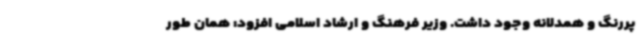
پررنگ و همدلانه وجود داشت. وزیر فرهنگ و ارشاد اسلامی افزود: همان طور